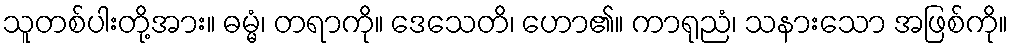
သူတစ်ပါးတို့အား။ ဓမ္မံ၊ တရာကို။ ဒေသေတိ၊ ဟော၏။ ကာရုညံ၊ သနားသော အဖြစ်ကို။